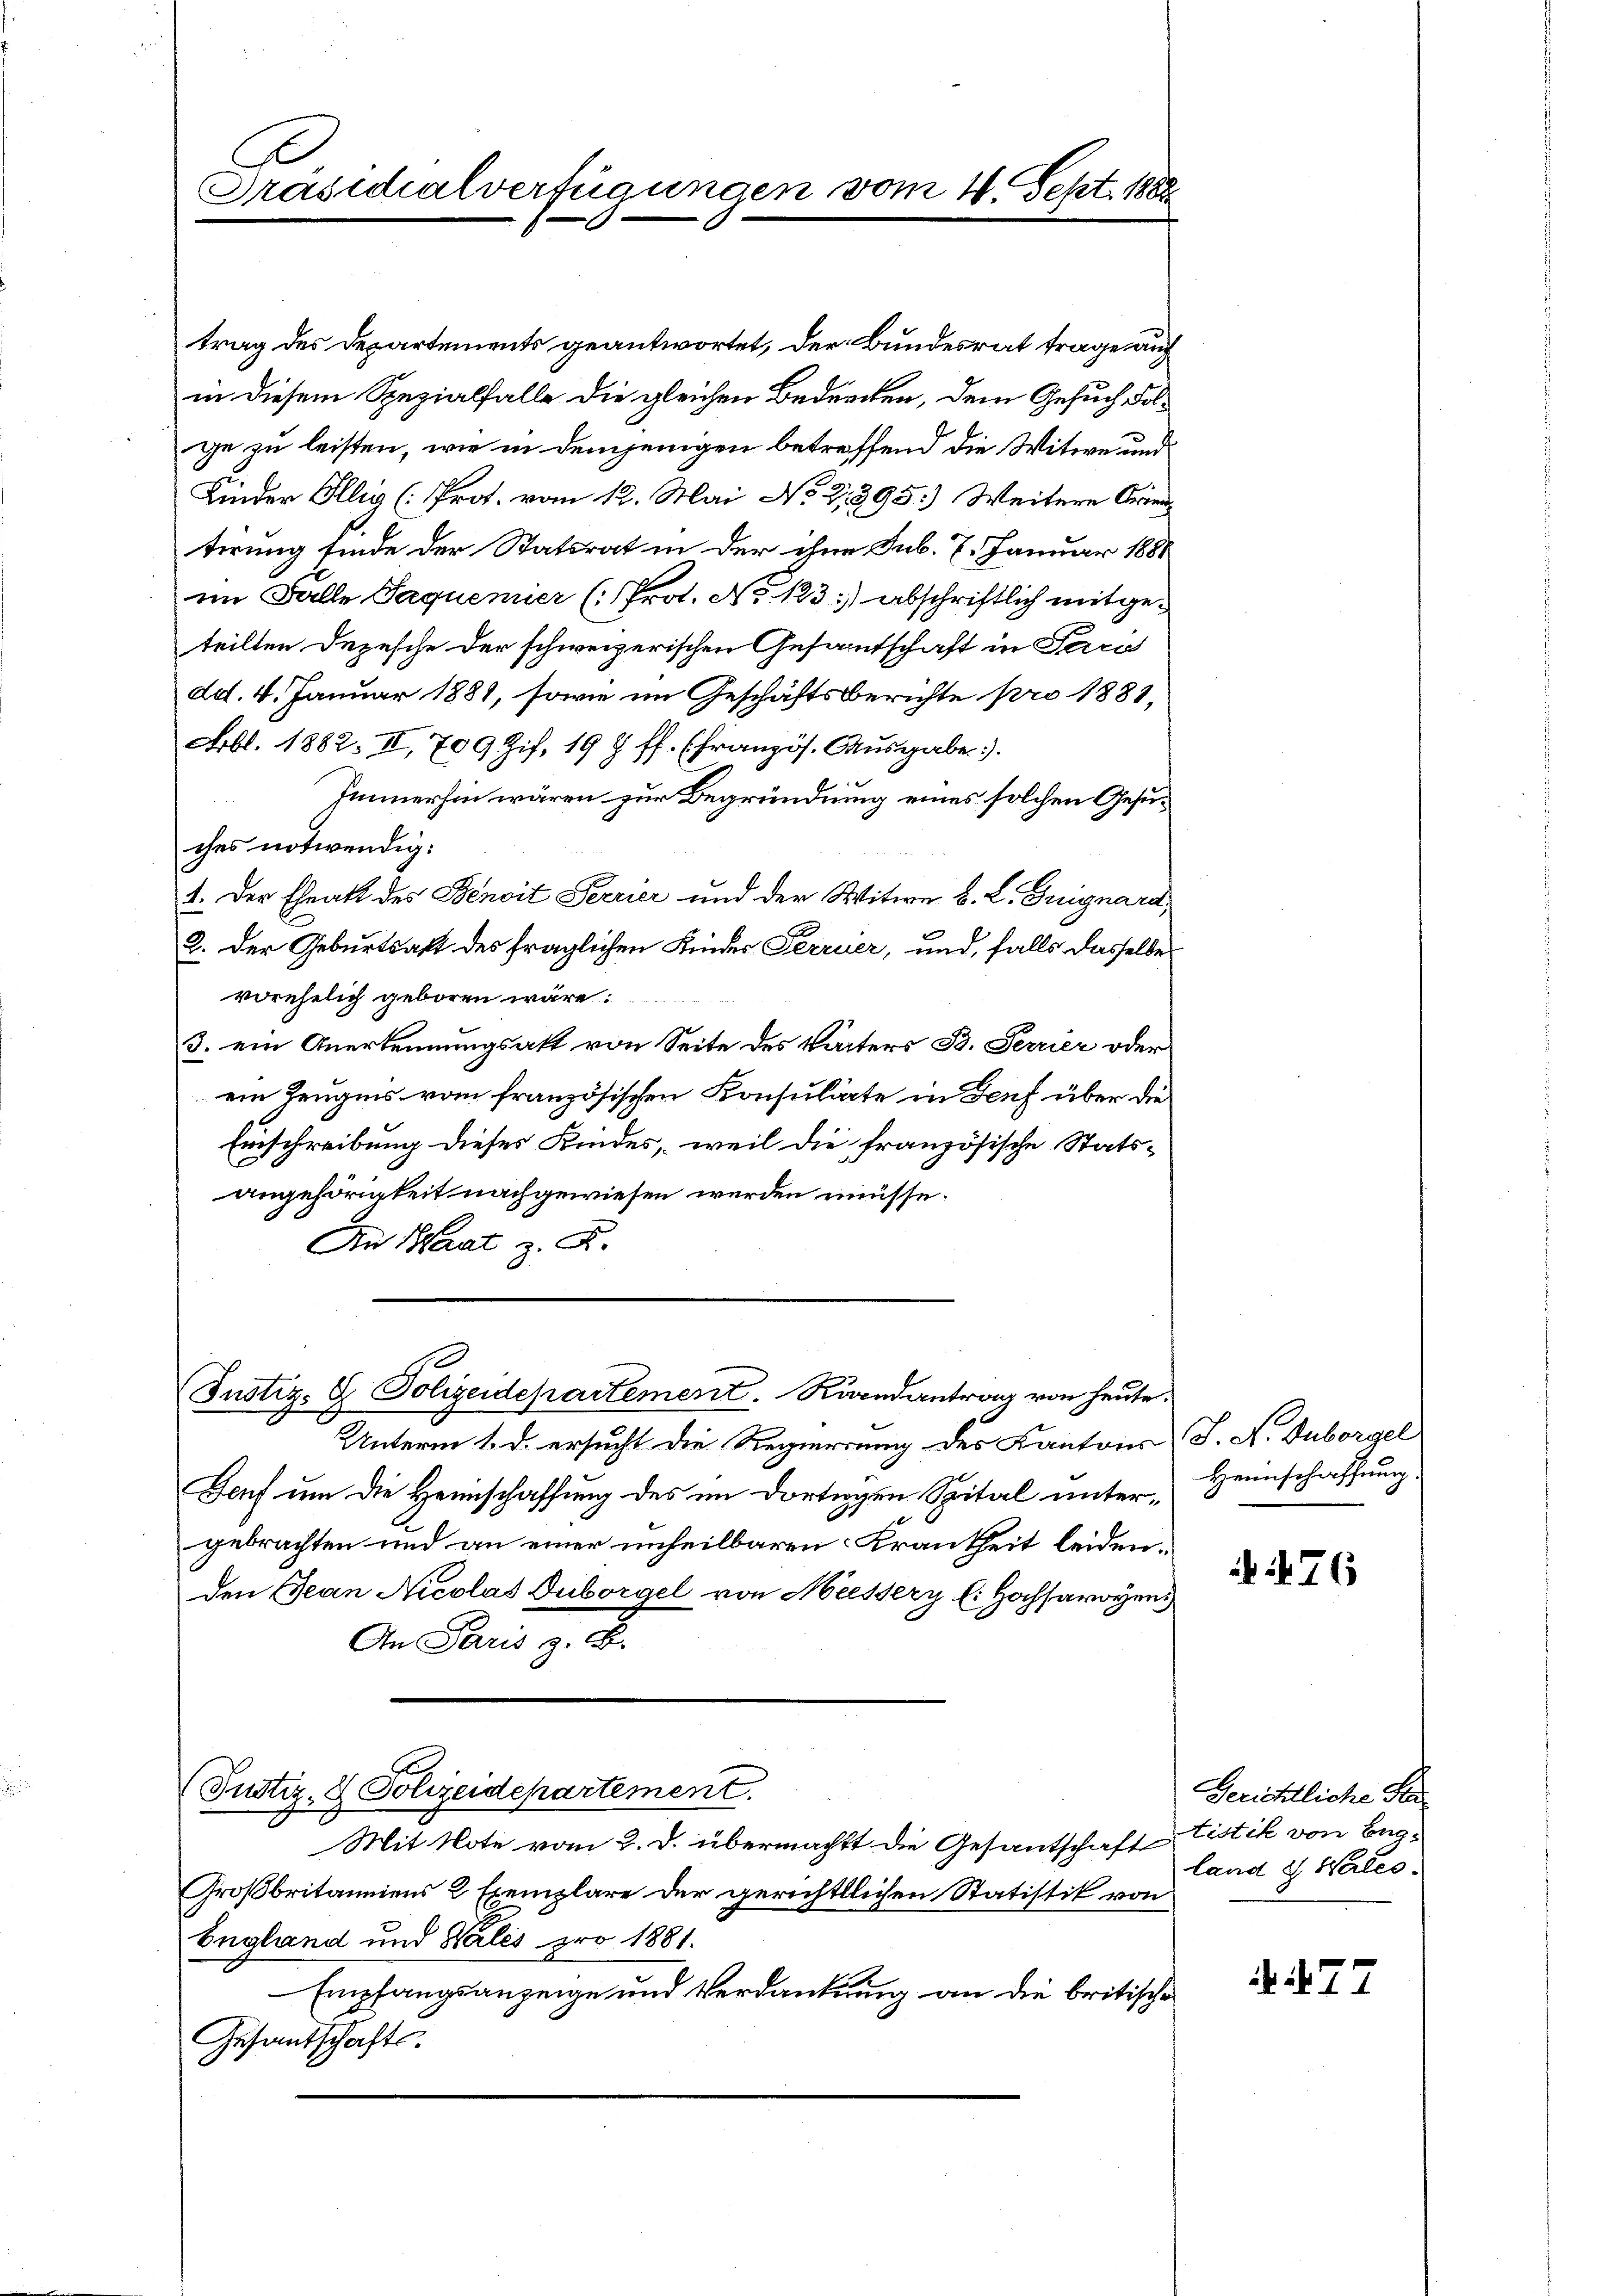
Präsidialverfügungen vom 4. Sept. 1888.

trag des Departements geantwortet, der Bundesrat trage auch
in diesem Spezialfalle die gleichen Bedrechen, dem Gesuch dasge zu leisten, wie in demjenigen betreffend die Witwe und
Kinder Illig (Prot. vom 12. Mai No 21395.) Weitere Orien
terung finde der Statsrat in der ihne sub. 7. Januar 1881
im Falle Jaquenier (Prot. No 123.) abschriftlich mitgeteilten Depesche der schweizerischen Gesantschaft in Paris
dd. 4. Januar 1881, sowie im Geschäftsberichte pro 1888,
Fobl. 1882. II, 709 Zif. 198 ff. (französ. Ausgabe
Immerhin wären zur Begründung eines solchen Gesuches notwendig:
1. Der Eheakt des Benoit Ferrier und der Witwe B. L. Guignard,
2. Der Geburtsakt des fraglichen Kinder Ferreier, und, falls dasselbe
vorehelich geboren wäre:
3. ein Anerkennungsakt von Seite des Vaters B. Terrier oder
ein Zeugnis vom französischen Konsulite in Deuf über die
Einschreibung dieses Kindes, weil die französische Stats-
angehörigkeit nachgewiesen werden müsse.
Au Saat z. R.

Justiz- & Polizeidepartement. Raandantrag von heute.

Unterm 1. d. ersucht die Regierung des Kantons S. N. Duborgel
Dach um die Heimschaffung des im Dortigen Spital untergebrachten und an einer unheilbaren Krankheit leidenden Jean Nicolas Duborgel von Messerz l. Hochsarogen
An Mann z. B.
Justiz- & Polizeidepartement.
Mit Note vom 2. d. übermacht die Gesantschaft
Großbritanniens 2 Exemplare der gerichtlichen Statistik von
England und Nales pro 1881.
Empfangsanzeige und Verdankung an die britische
Gesandschafts-

Heimschaffung.

476

Gerichtliche Faistik von England & Wertes.

77